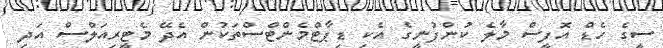
ސީގެ ހެޑް އޮފީސް މާލެ ކުންފުނީގެ އެކި ޑިޕާޓްމެންޓްސްތަކުން އެދޭ މެޓީރިއަލްސް އަދި